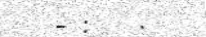
- :   .